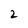
Character: 2